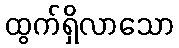
ထွက်ရှိလာသော